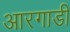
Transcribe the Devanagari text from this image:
आरगाडी